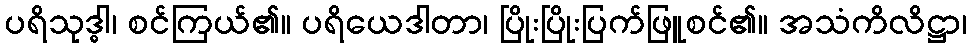
ပရိသုဒ္ဓါ၊ စင်ကြယ်၏။ ပရိယေဒါတာ၊ ပြိုးပြိုးပြက်ဖြူစင်၏။ အသံကိလိဋ္ဌာ၊